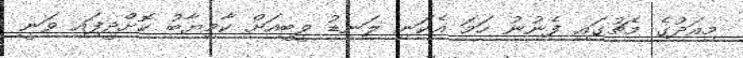
މިއަދުގެ މެޗުގައި ފެނުނު ހަމަ އެކަނި ލަނޑު ވީބީއަށް ކާމިޔާބު ކޮށްދީފައި ވަނީ